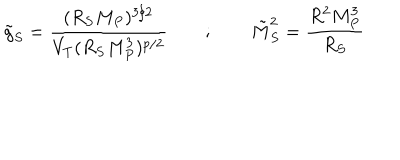
\tilde { g } _ { S } = { \frac { ( R _ { S } M _ { P } ) ^ { 3 / 2 } } { V _ { T } ( R _ { S } M _ { P } ^ { 3 } ) ^ { p / 2 } } } ~ ~ ; ~ ~ \tilde { M } _ { S } ^ { 2 } = { \frac { R ^ { 2 } M _ { P } ^ { 3 } } { R _ { S } } }